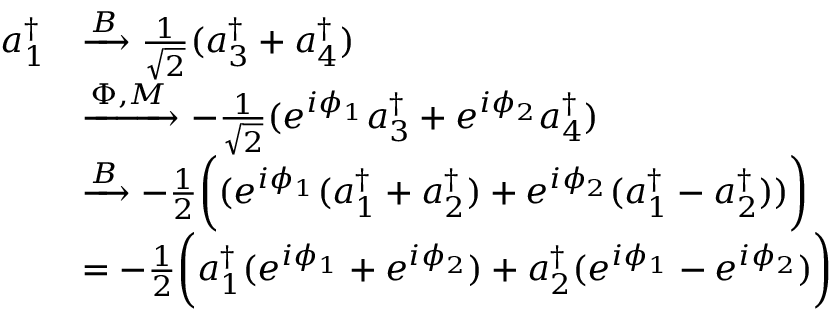
\begin{array} { r l } { a _ { 1 } ^ { \dagger } } & { \xrightarrow { B } \frac { 1 } { \sqrt { 2 } } ( a _ { 3 } ^ { \dagger } + a _ { 4 } ^ { \dagger } ) } \\ & { \xrightarrow { \Phi , M } - \frac { 1 } { \sqrt { 2 } } ( e ^ { i \phi _ { 1 } } a _ { 3 } ^ { \dagger } + e ^ { i \phi _ { 2 } } a _ { 4 } ^ { \dagger } ) } \\ & { \xrightarrow { B } - \frac 1 2 \bigg ( ( e ^ { i \phi _ { 1 } } ( a _ { 1 } ^ { \dagger } + a _ { 2 } ^ { \dagger } ) + e ^ { i \phi _ { 2 } } ( a _ { 1 } ^ { \dagger } - a _ { 2 } ^ { \dagger } ) ) \bigg ) } \\ & { = - \frac 1 2 \bigg ( a _ { 1 } ^ { \dagger } ( e ^ { i \phi _ { 1 } } + e ^ { i \phi _ { 2 } } ) + a _ { 2 } ^ { \dagger } ( e ^ { i \phi _ { 1 } } - e ^ { i \phi _ { 2 } } ) \bigg ) } \end{array}